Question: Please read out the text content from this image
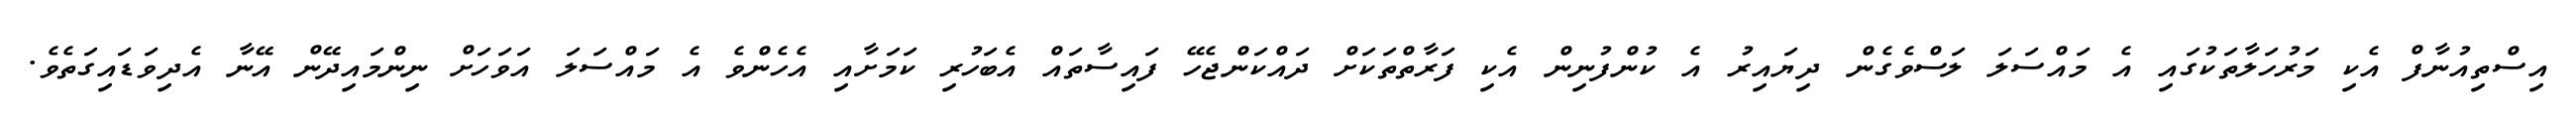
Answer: އިސްތިއުނާފް އެކި މަރުހަލާތަކުގައި އެ މައްސަލަ ލަސްވެގެން ދިޔައިރު އެ ކުންފުނިން އެކި ފަރާތްތަކަށް ދައްކަންޖެހޭ ފައިސާތައް އެބަހުރި ކަމަށާއި އެހެންވެ އެ މައްސަލަ އަވަހަށް ނިންމައިދޭން އޭނާ އެދިވަޑައިގަތެވެ.